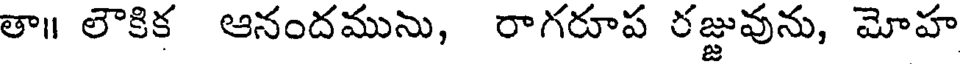
తా॥ లౌకిక ఆనందమును, రాగరూప రజ్జువును, మోహ